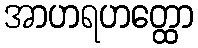
အာဟရဟတ္ထော